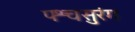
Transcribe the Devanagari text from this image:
पश्चसुरंग